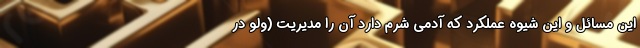
این مسائل و این شیوه عملکرد که آدمی شرم دارد آن را مدیریت (ولو در